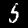
Label: 5